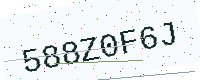
Text: 588Z0F6J